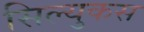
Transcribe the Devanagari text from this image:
सिल्युकस